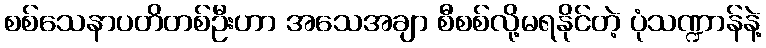
စစ်သေနာပတိတစ်ဦးဟာ အသေအချာ စီစစ်လို့မရနိုင်တဲ့ ပုံသဏ္ဍာန်နဲ့